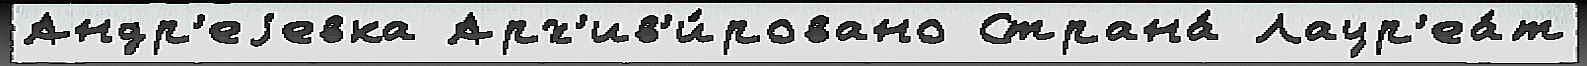
Андр'еjевка Арх'ив'и́ровано Страна́ Лаур'еа́т